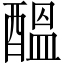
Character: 醞